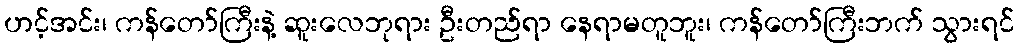
ဟင့်အင်း၊ ကန်တော်ကြီးနဲ့ ဆူးလေဘုရား ဦးတည်ရာ နေရာမတူဘူး၊ ကန်တော်ကြီးဘက် သွားရင်